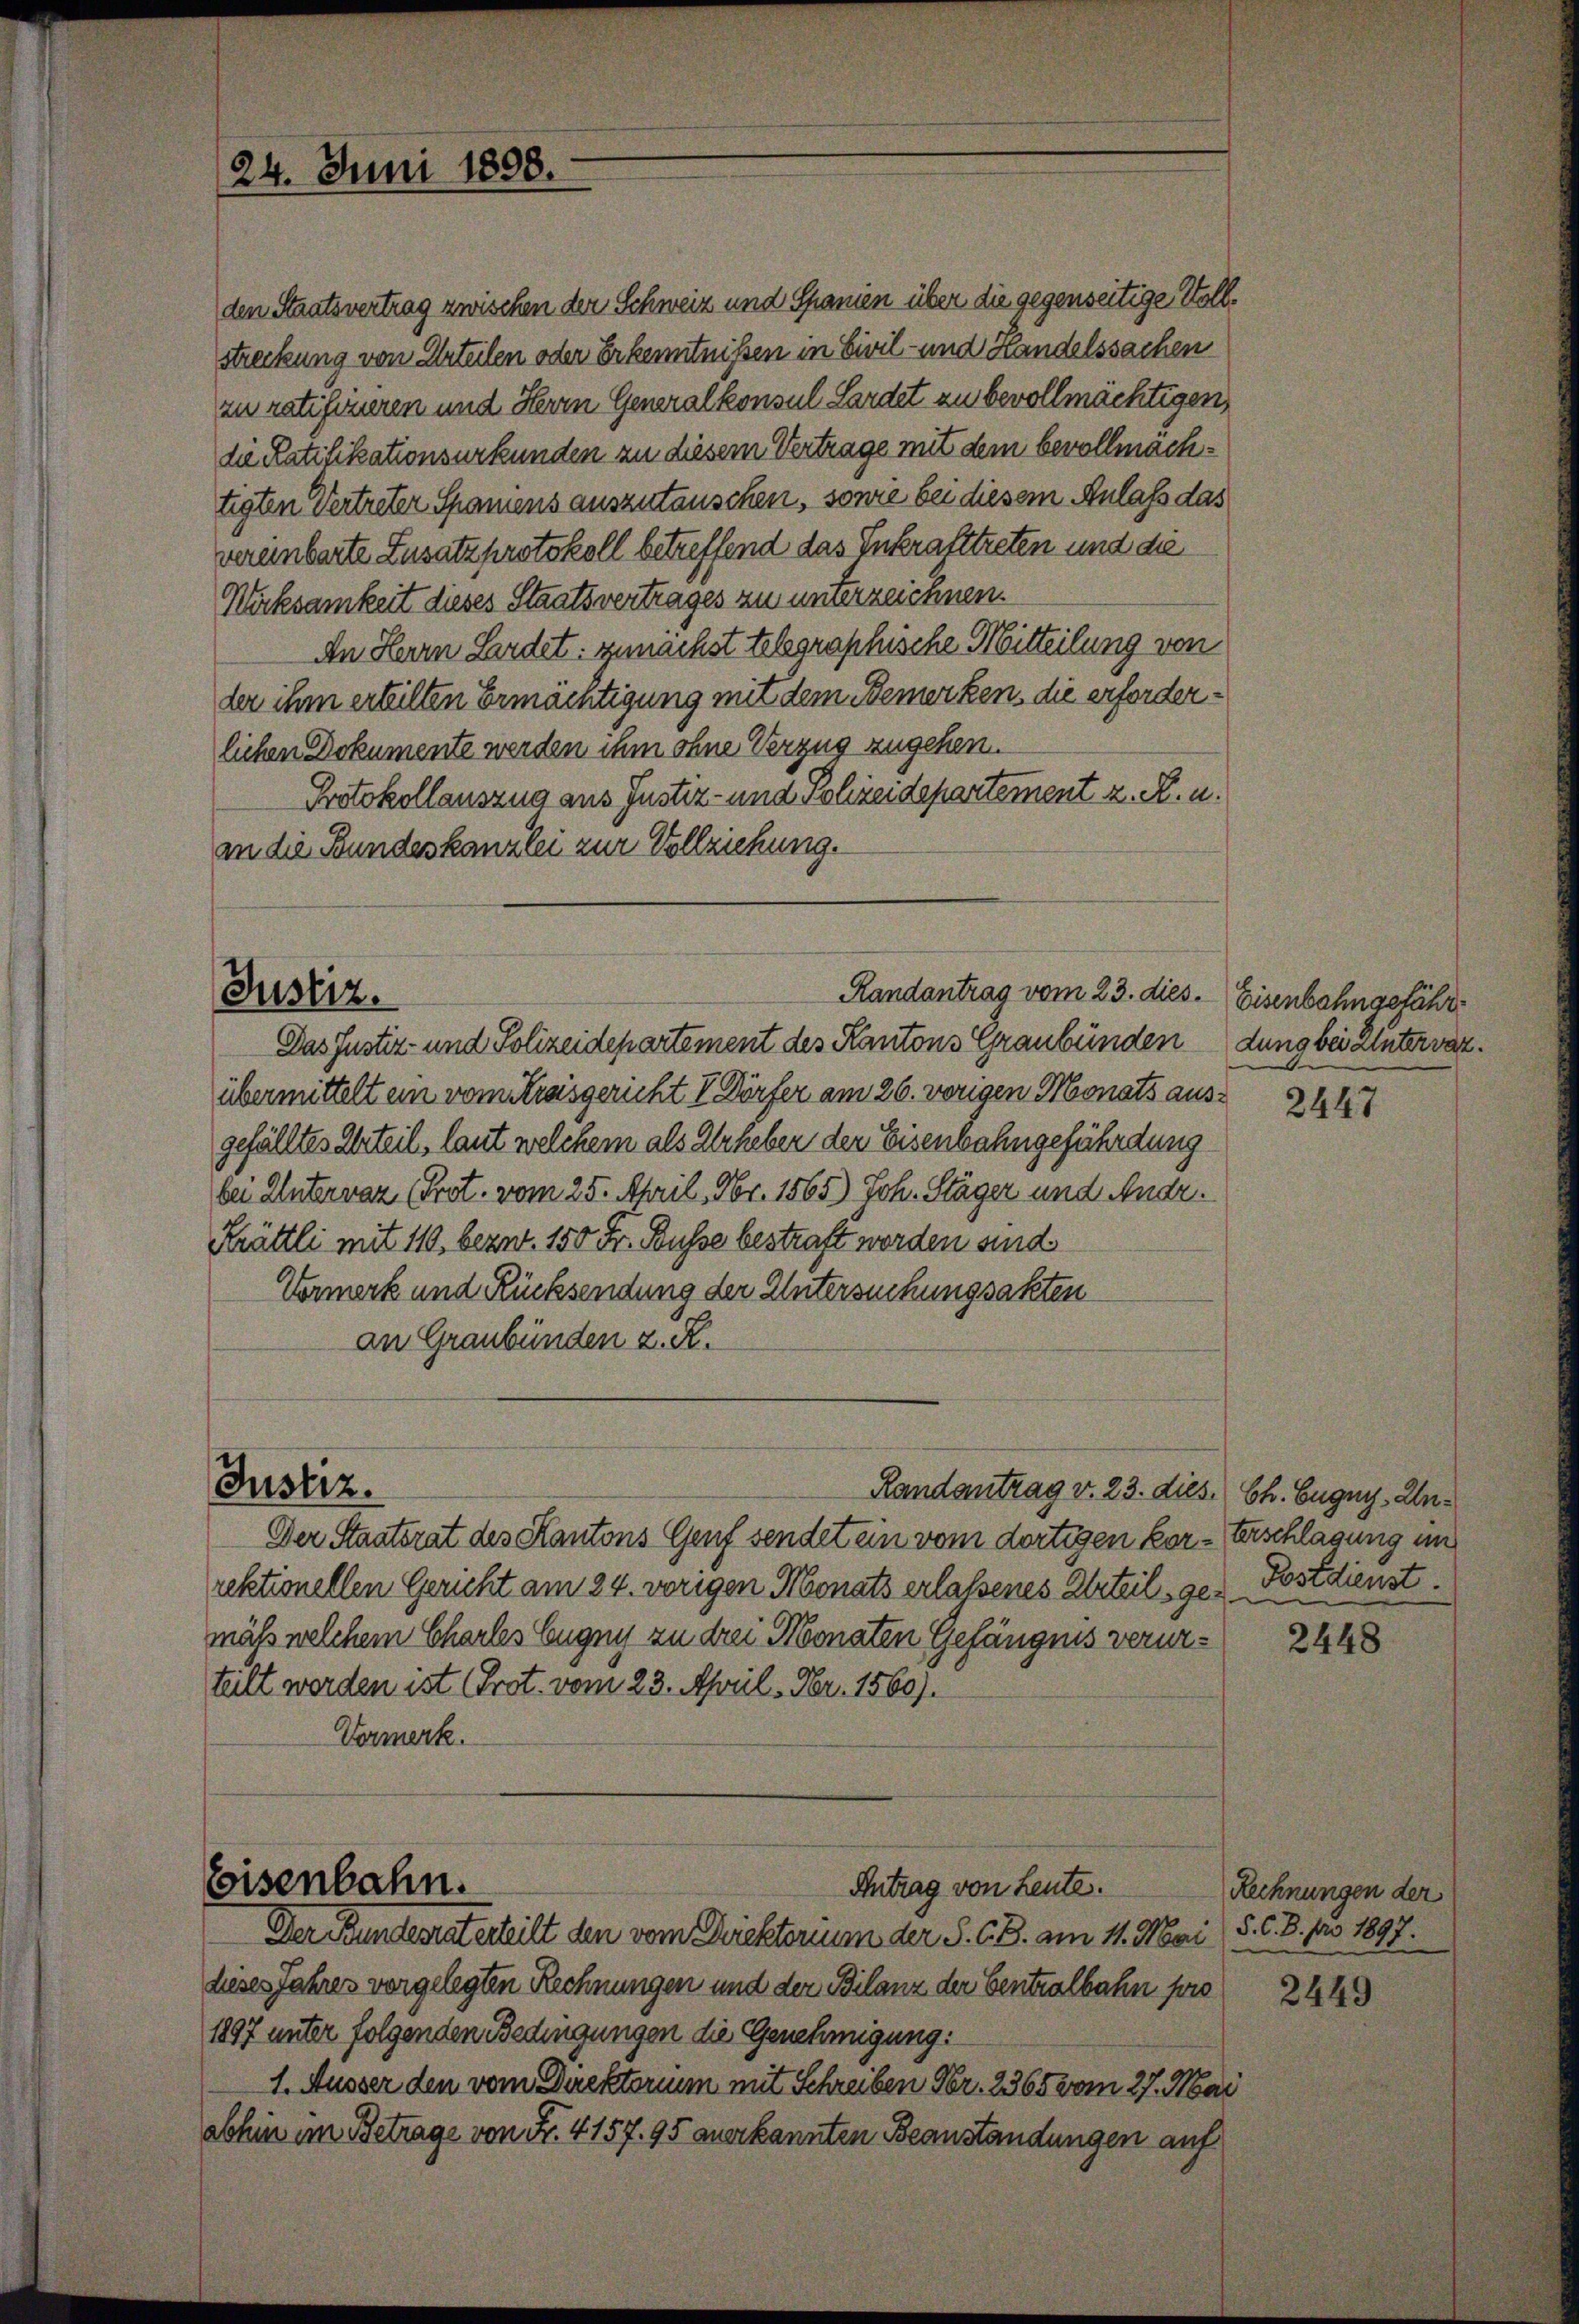
den Staatsvertrag zwischen der Schweiz und Spanien über die gegenseitige Vollstreckung von Urteilen oder Erkenntnissen in Civil- und Handelssachen
zu ratifizieren und Herrn Generalkonsul Sardet zu bevollmächtigen,
die Ratifikationsurkunden zu diesem Vertrage mit dem bevollmachtigten Vertreter Spamens auszutauschen, sowie bei diesem Anlass das
vereinbarte Zusatzprotokoll betreffend das Inkrafttreten und die
Wirksamkeit dieses Staatsvertrages zu unterzeichnen.
An Herrn Ladet. zunächst telegraphische Mitteilung von
der ihm erteilten Ermächtigung mit dem Bemerken, die erforderlichen Dokumente werden ihm ohne Verzug zugehen.
Protokollauszug aus Justiz- und Polizeidepartement z. R. u.
an die Bundeskanzlei zur Vollziehung.
Das Justiz- und Polizeidepartement des Kantons Graubünden
übermittelt ein vom Streisgericht V Dörfer am 26. vorigen Monats ausgefälltes Urteil, laut welchem als Urheber der Eisenbahngefährdung
bei Unterwarz (Prot. vom 25. April, Nr. 1565) Joh. Stäger und Andr.
Krättli mit 110, bezw. 150 Fr. Busse bestraft worden sind
Vermerk und Rücksendung der Untersuchungsakten
an Graubünden z. R.
Justiz.
Randantrag v. 23. dies. Ch. Eugny, Un¬
Der Staatsrat des Kantons Genf sendet ein vom dortigen kor-Erschlagung im
rektionellen Gericht am 24. vorigen Monats erlaßenes Urteil, ge-Postdienst.
mäß welchem Charles Eugny zu drei Monaten Gefängnis verurteilt werden ist (Prot. vom 23. April, Nr. 1560).
Vormerk.

24. Juni 1898.

Justiz.

Eisenbahn.

Randantrag vom 23. dies. Eisenbahngefähr¬

Antrag von Leute.
Der Bundesrat erteilt den vom Diektorium der S. G. B. am 11. Mai (5. C. 3. pro 1897.

dieses Jahres vorgelegten Rechnungen und der Bilanz der Centralbahn pro
1897 unter folgenden Bedingungen die Genehmigung:
1. Äusser den vom Direktorium mit Schreiben Fr. 2365 vom 27. Mai
Sohin im Betrage von Fr. 4157. 95 anerkannten Beanstandungen auf

dung bei Untervaz.

2447

2448

Rechnungen der

2449